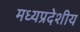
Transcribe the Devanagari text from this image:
मध्यप्रदेशीय